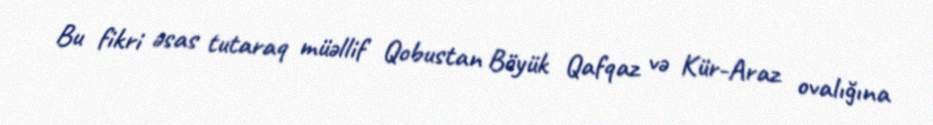
Bu fikri əsas tutaraq müəllif Qobustan Böyük Qafqaz və Kür-Araz ovalığına